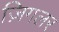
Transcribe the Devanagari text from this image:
ज़िगलर